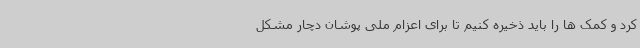
کرد و کمک ها را باید ذخیره کنیم تا برای اعزام ملی پوشان دچار مشکل